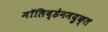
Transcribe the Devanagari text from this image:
मॉलिब्डेनमयुक्त